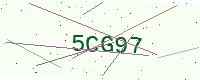
Text: 5CG97